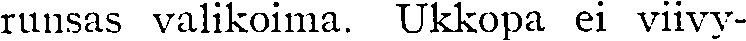
runsas valikoima. Ukkopa ei viivy-